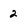
Character: 2